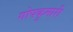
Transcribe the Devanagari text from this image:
गोपकुमारी